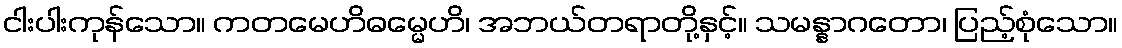
ငါးပါးကုန်သော။ ကတမေဟိဓမ္မေဟိ၊ အဘယ်တရာတို့နှင့်။ သမန္နာဂတော၊ ပြည့်စုံသော။